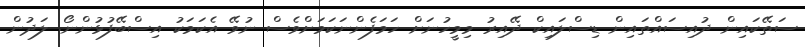
ސަތޭކައިން ދުއިސައްތައިން ޑިސްލައިކް ދޭއިރު މިމީހުނަށް ހަމަފެންނަކަމަށްވެސް ނުވޭ އެކަމަކު އިިސްބޭފުޅުންނޯ. ލަދުން